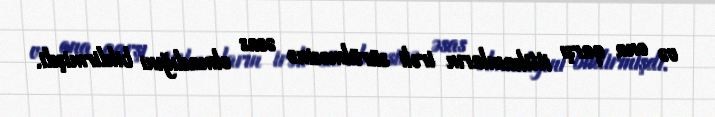
və ona qarşı ittihamların irəli sürülməsinə əsas olmadığını bildirmişdi.